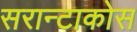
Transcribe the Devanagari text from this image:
सरान्टाकोस